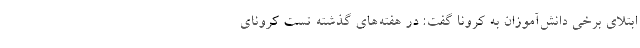
ابتلای برخی دانش‌آموزان به کرونا گفت: در هفته‌های گذشته تست کرونای